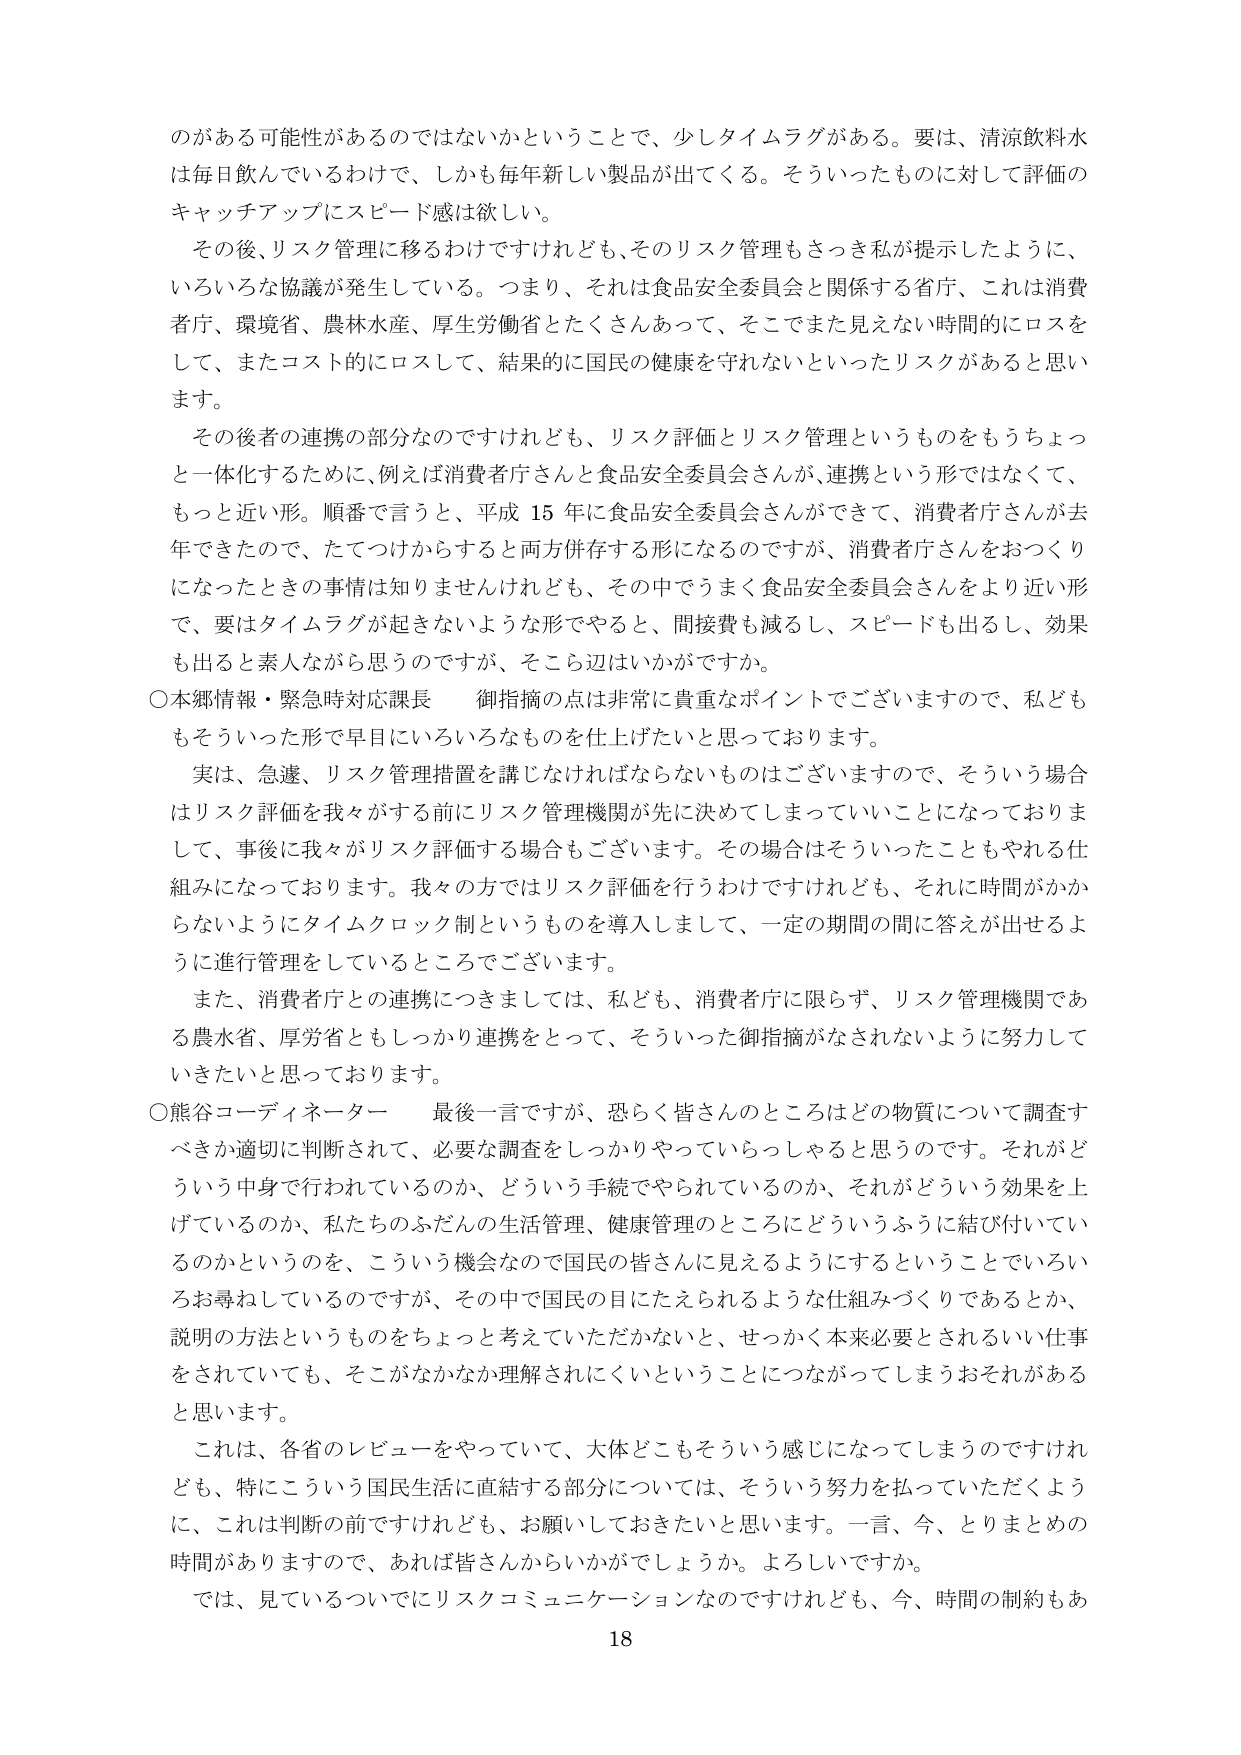
のがある可能性があるのではないかということで、少しタイムラグがある。要は、清涼飲料水は毎日飲んでいるわけで、しかも毎年新しい製品が出てくる。そういったものに対して評価のキャッチアップにスピード感は欲しい。

その後、リスク管理に移るわけですけれども、そのリスク管理もさっき私が提示したように、いろいろな協議が発生している。つまり、それは食品安全委員会と関係する省庁、これは消費者庁、環境省、農林水産、厚生労働省とたくさんあって、そこでまた見えない時間的にロスをして、またコスト的にロスして、結果的に国民の健康を守れないといったリスクがあると思います。

その後者の連携の部分なのですけれども、リスク評価とリスク管理というものをもうちょっと一体化するために、例えば消費者庁さんと食品安全委員会さんが、連携という形ではなくて、もっと近い形。順番で言うと、平成15年に食品安全委員会さんができて、消費者庁さんが去年できたので、たてつけからすると両方併存する形になるのですが、消費者庁さんをおつくりになったときの事情は知りませんけれども、その中でうまく食品安全委員会さんをより近い形で、要はタイムラグが起きないような形でやると、間接費も減るし、スピードも出るし、効果も出ると素人ながら思うのですが、そこら辺はいかがですか。

〇本郷情報・緊急時対応課長　御指摘の点は非常に貴重なポイントでございますので、私どももそういった形で早目にいろいろなものを仕上げたいと思っております。

実は、急遽、リスク管理措置を講じなければならないものはございますので、そういう場合はリスク評価を我々がする前にリスク管理機関が先に決めてしまっていることになっておりまして、事後に我々がリスク評価する場合もございます。その場合はそういったこともやれる仕組みになっております。我々の方ではリスク評価を行うわけですけれども、それに時間がかからないようにタイムクロック制というものを導入しまして、一定の期間の間に答えが出せるように進行管理をしているところでございます。

また、消費者庁との連携につきましては、私ども、消費者庁に限らず、リスク管理機関である農水省、厚労省ともしっかり連携をとって、そういった御指摘がなされないように努力していきたいと思っております。

〇熊谷コーディネーター　最後一言ですが、恐らく皆さんのところはどの物質について調査すべきか適切に判断されて、必要な調査をしっかりやっていらっしゃると思うのです。それがどういう中身で行われているのか、どういう手続でやられているのか、それがどういう効果を上げているのか、私たちのふだんの生活管理、健康管理のところにどういうふうに結び付いているのかというのを、こういう機会なので国民の皆さんに見えるようにするというところでいろいろお尋ねしているのですが、その中で国民の目にたえられるような仕組みづくりであるとか、説明の方法というものをちょっと考えていただかないと、せっかく本来必要とされるいい仕事をされていても、そこがなかなか理解されにくいということにつながってしまうおそれがあると思います。

これは、各省のレビューをやっていて、大体どこもそういう感じになってしまうのですけれども、特にこういう国民生活に直結する部分については、そういう努力を払っていただくように、これは判断の前ですけれども、お願いしておきたいと思います。一言、今、とりまとめの時間がありますので、あれば皆さんからいかがでしょうか。よろしいですか。

では、見ているついでにリスクコミュニケーションなのですけれども、今、時間の制約もあ

18